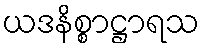
ယဒနိစ္စာဋ္ဌာရသ